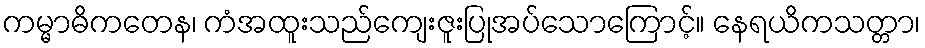
ကမ္မာဓိကတေန၊ ကံအထူးသည်ကျေးဇူးပြုအပ်သောကြောင့်။ နေရယိကသတ္တာ၊